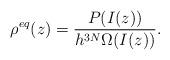
LaTeX: \begin{align*}\rho^{eq}(z) = \frac{P(I(z))}{h^{3N}\Omega(I(z))}.\end{align*}